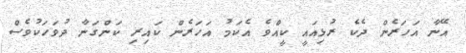
އޭނާ އަހަރެން ދެކެ ރުޅިއައީ ކީއްވެ އެކަމު އަހަރެން ކައިރި ކަންގަނާ ދުވަހަކުވެސް